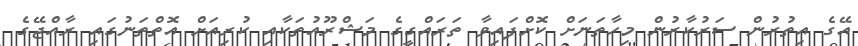
އޭގެ އިތުރުން ސަރުކާރުން މިހާތަނަށް ކޮށްފައިވާ ތަރައްގީގެ މަޝްރޫއުތަކާއި ކުރިއަށް އޮތްތަނުގައި ރާއްޖޭގެ